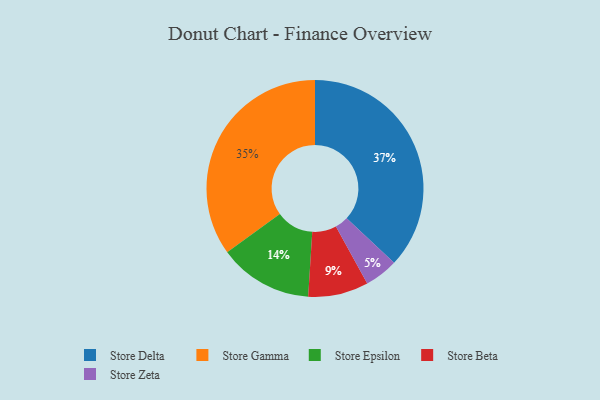
{"axis": {"x": "Category", "y": "Percentage"}, "legend": ["Store Beta", "Store Delta", "Store Epsilon", "Store Gamma", "Store Zeta"], "data": [{"x": "Store Zeta", "y": 5, "type": "Store Zeta"}, {"x": "Store Gamma", "y": 35, "type": "Store Gamma"}, {"x": "Store Delta", "y": 37, "type": "Store Delta"}, {"x": "Store Epsilon", "y": 14, "type": "Store Epsilon"}, {"x": "Store Beta", "y": 9, "type": "Store Beta"}]}